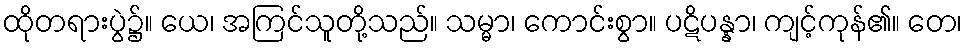
ထိုတရားပွဲ၌။ ယေ၊ အကြင်သူတို့သည်။ သမ္မာ၊ ကောင်းစွာ။ ပဋိပန္နာ၊ ကျင့်ကုန်၏။ တေ၊